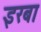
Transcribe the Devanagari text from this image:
इरबा